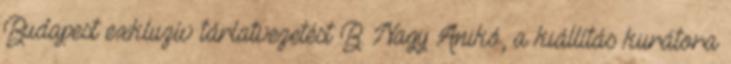
Budapest exkluzív tárlatvezetést B. Nagy Anikó, a kiállítás kurátora